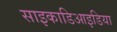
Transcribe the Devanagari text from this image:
साइकाडिआइडिया